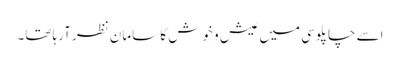
اسے چاپلوسی میں عیش و خوش کا سامان نظر آرہا تھا۔